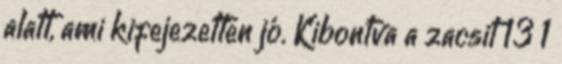
alatt, ami kifejezetten jó. Kibontva a zacsit 13 1